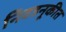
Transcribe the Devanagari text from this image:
निवडनूकीत